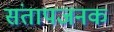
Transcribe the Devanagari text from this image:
संतापजनक